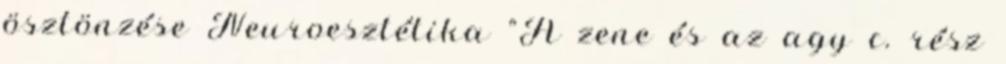
ösztönzése Neuroesztétika "A zene és az agy c. rész